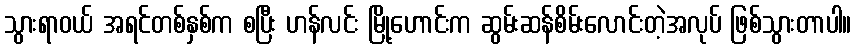
သွားရာဝယ် အရင်တစ်နှစ်က စပြီး ဟန်လင်း မြို့ဟောင်းက ဆွမ်းဆန်စိမ်းလောင်းတဲ့အလုပ် ဖြစ်သွားတာပါ။